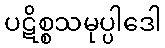
ပဋိစ္စသမုပ္ပါဒေါ